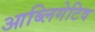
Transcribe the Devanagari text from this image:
आब्लिगेटिव